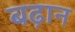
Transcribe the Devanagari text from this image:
बढ़ान